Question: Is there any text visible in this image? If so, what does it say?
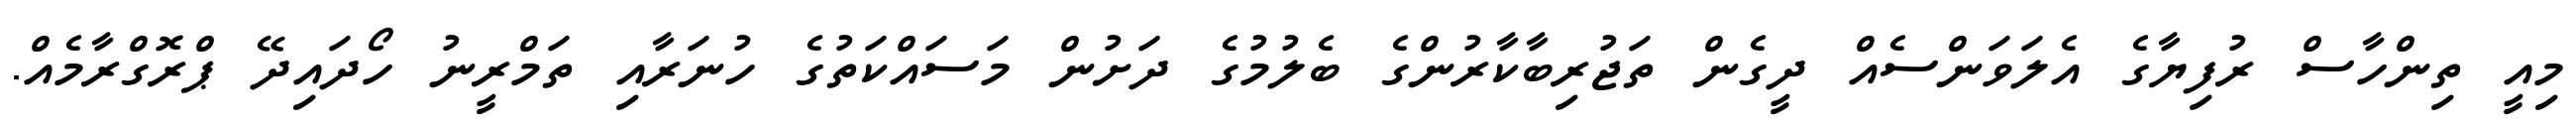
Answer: މިއީ ތިންހާސް ރުފިޔާގެ އެލަވަންސެއް ދީގެން ތަޖުރިބާކާރުންގެ ބެލުމުގެ ދަށުން މަސައްކަތުގެ ހުނަރާއި ތަމްރީނު ހޯދައިދޭ ޕްރޮގްރާމެއް.